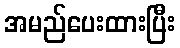
အမည်ပေးထားပြီး